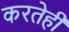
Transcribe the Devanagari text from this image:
करतेही